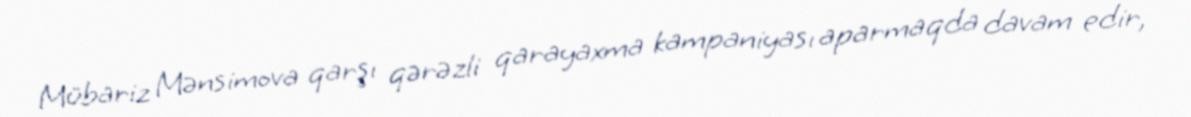
Mübariz Mənsimova qarşı qərəzli qarayaxma kampaniyası aparmaqda davam edir,